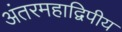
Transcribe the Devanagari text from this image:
अंतरमहाद्विपीय